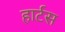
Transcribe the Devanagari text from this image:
हार्टस